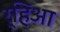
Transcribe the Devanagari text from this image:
र्‍हिआ